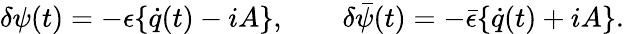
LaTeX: \delta\psi(t)=-\epsilon\{ \dot{q}(t)-iA\} ,\qquad\delta\bar{\psi}(t)=-\bar{\epsilon}\{ \dot{q}(t)+iA\} .